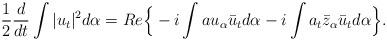
LaTeX: \begin{align*} \frac{1}{2}\frac{d}{dt}\int |u_t|^2 d\alpha=Re\Big\{ -i\int au_{\alpha} \bar{u}_t d\alpha-i\int a_t\bar{z}_{\alpha} \bar{u}_t d\alpha \Big\}.\end{align*}